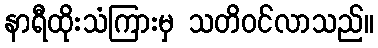
နာရီထိုးသံကြားမှ သတိဝင်လာသည်။